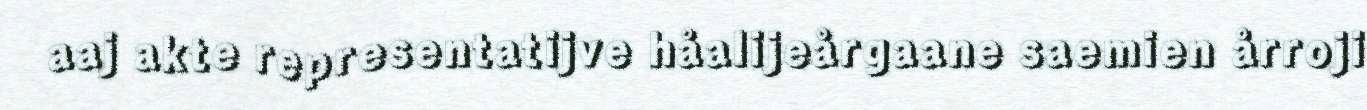
aaj akte representatijve håalijeårgaane saemien årroji